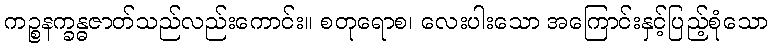
ကဉ္စနက္ခန္ဓဇာတ်သည်လည်းကောင်း။ စတုရောစ၊ လေးပါးသော အကြောင်းနှင့်ပြည့်စုံသော